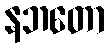
နဘတော